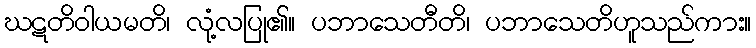
ဃဋတိဝါယမတိ၊ လုံ့လပြု၏။ ပဘာသေတီတိ၊ ပဘာသေတိဟူသည်ကား။